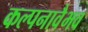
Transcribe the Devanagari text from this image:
कल्पनावैभव